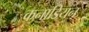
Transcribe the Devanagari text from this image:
कनाडियन